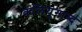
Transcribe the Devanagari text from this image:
कलियुगाब्द